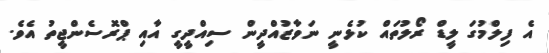
އެ ފިލްމުގަ ލީޑް ރޯލުތައް ކުޅެނީ ނަވާޒުއްދީން ސިއްދީގީ އާއި ޕްރޮސެންޖީތު އެވެ.